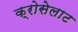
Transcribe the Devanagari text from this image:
क्रोसेलाट